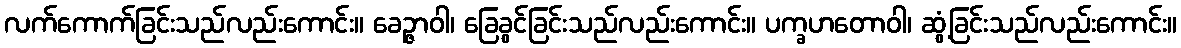
လက်ကောက်ခြင်းသည်လည်းကောင်း။ ခေဉ္ဇာဝါ၊ ခြေခွင်ခြင်းသည်လည်းကောင်း။ ပက္ခဟတောဝါ၊ ဆွံ့ခြင်းသည်လည်းကောင်း။